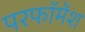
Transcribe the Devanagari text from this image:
परफॉमेंश